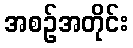
အစဉ်အတိုင်း